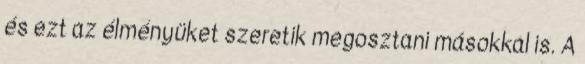
és ezt az élményüket szeretik megosztani másokkal is. A